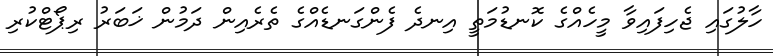
ހާލުގައި ޖެހިފައިވާ މީހެއްގެ ކޮނޑުމަތީ އިނދެ ފެންގަނޑެއްގެ ތެރެއިން ދަމުން ޚަބަރު ރިޕޯޓްކުރި